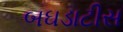
બઘડાટીસ